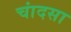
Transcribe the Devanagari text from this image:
चांदसा